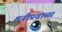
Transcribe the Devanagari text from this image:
मनीप्रवाळा